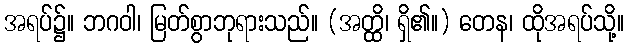
အရပ်၌။ ဘဂဝါ၊ မြတ်စွာဘုရားသည်။ (အတ္ထိ၊ ရှိ၏။) တေန၊ ထိုအရပ်သို့။